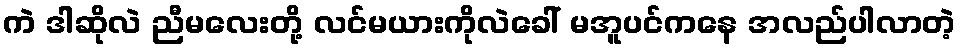
ကဲ ဒါဆိုလဲ ညီမလေးတို့ လင်မယားကိုလဲခေါ် မအူပင်ကနေ အလည်ပါလာတဲ့